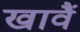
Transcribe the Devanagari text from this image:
खावैं